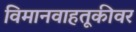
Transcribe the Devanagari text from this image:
विमानवाहतूकीवर